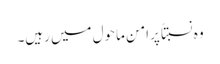
وہ نسبتاً پرامن ماحول میں رہیں۔